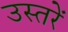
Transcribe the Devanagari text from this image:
उस्तरें